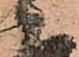
い